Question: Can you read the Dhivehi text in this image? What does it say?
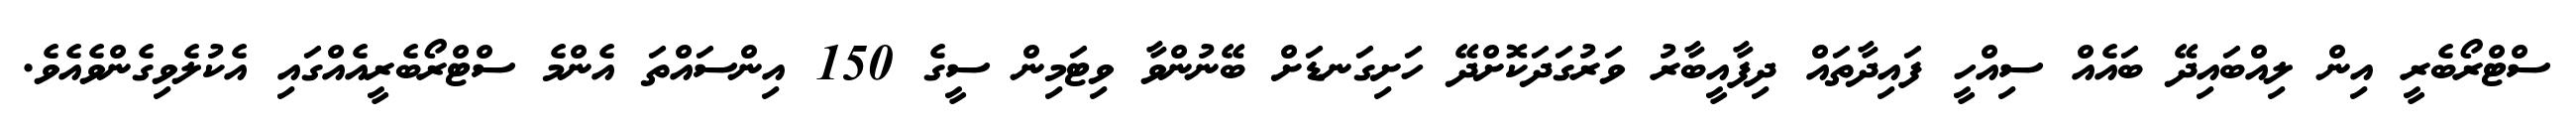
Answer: ސްޓްރޯބެރީ އިން ލިއްބައިދޭ ބައެއް ސިއްހީ ފައިދާތައް ދިފާއީބާރު ވަރުގަދަކޮށްދޭ ހަށިގަނޑަށް ބޭނުންވާ ވިޓަމިން ސީގެ 150 އިންސައްތަ އެންމެ ސްޓްރޯބެރީއެއްގައި އެކުލެވިގެންވެއެވެ.